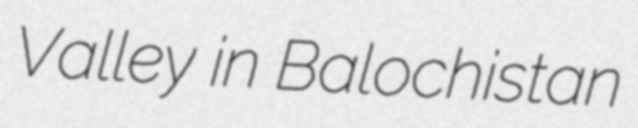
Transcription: Valley in Balochistan